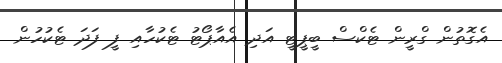
އެގޮތުން ގްރީން ޓެކްސް ބީޕީޓީ އަދި އެއާޕޯޓު ޓެކުހާއި ފީ ފަދަ ޓެކުހުން